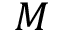
M